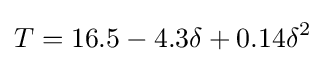
T=16.5-4.3\mathrm {\delta } +0.14\mathrm {\delta ^{2}}